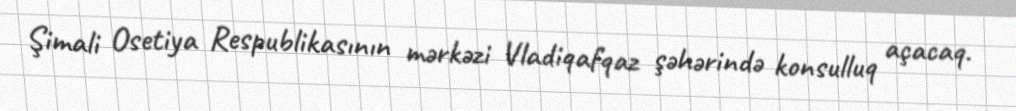
Şimali Osetiya Respublikasının mərkəzi Vladiqafqaz şəhərində konsulluq açacaq.